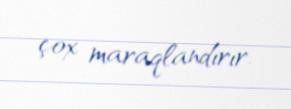
çox maraqlandırır.